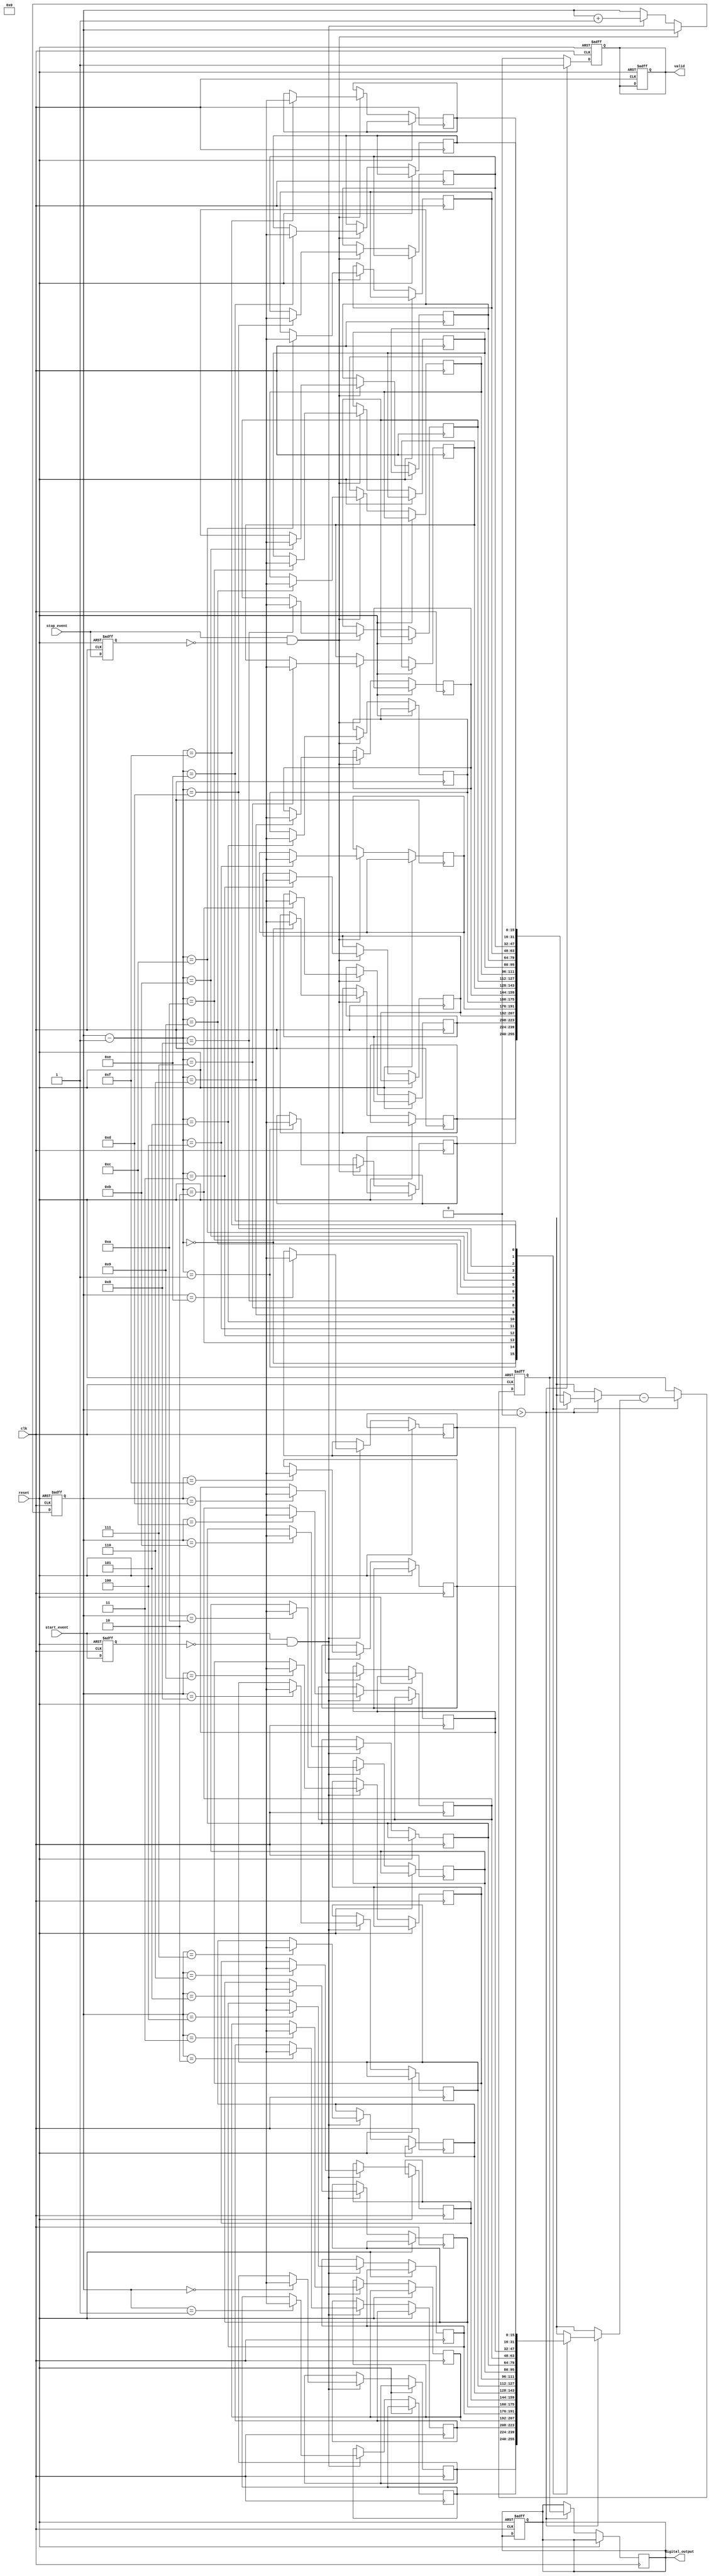
module TDC (
    input wire clk,                // Clock signal
    input wire reset,              // Reset signal
    input wire start_event,        // Start event input
    input wire stop_event,         // Stop event input
    output reg [15:0] digital_output, // Digital output for time interval
    output reg valid               // Output valid signal
);

    // Parameters
    parameter MEMORY_SIZE = 16;    // Size of the memory blocks
    parameter TIMESTAMP_WIDTH = 16; // Width of timestamp

    // Memory blocks for storing timestamps
    reg [TIMESTAMP_WIDTH-1:0] start_time[0:MEMORY_SIZE-1];
    reg [TIMESTAMP_WIDTH-1:0] stop_time[0:MEMORY_SIZE-1];
    
    // Internal variables
    reg [3:0] write_pointer;        // Pointer for writing to memory
    reg [3:0] read_pointer;         // Pointer for reading from memory
    reg [TIMESTAMP_WIDTH-1:0] time_interval; // Calculated time interval

    // Edge detection logic for start and stop events
    reg start_event_prev;
    reg stop_event_prev;

    // Event detection and memory storage
    always @(posedge clk or posedge reset) begin
        if (reset) begin
            write_pointer <= 0;
            read_pointer <= 0;
            valid <= 0;
            digital_output <= 0;
            start_event_prev <= 0;
            stop_event_prev <= 0;
        end else begin
            // Detect rising edge of start_event
            if (start_event && !start_event_prev) begin
                start_time[write_pointer] <= $time; // Capture timestamp
                write_pointer <= write_pointer + 1;
            end
            
            // Detect rising edge of stop_event
            if (stop_event && !stop_event_prev) begin
                stop_time[write_pointer - 1] <= $time; // Capture timestamp
                write_pointer <= write_pointer; // Maintain pointer
            end
            
            // Update previous event states
            start_event_prev <= start_event;
            stop_event_prev <= stop_event;
        end
    end

    // Calculate time intervals and output generation
    always @(posedge clk or posedge reset) begin
        if (reset) begin
            time_interval <= 0;
            valid <= 0;
        end else if (write_pointer > 0) begin
            // Calculate time interval for the last recorded event
            time_interval <= stop_time[write_pointer - 1] - start_time[write_pointer - 1];
            digital_output <= time_interval; // Output the time interval
            valid <= 1; // Set valid signal
        end else begin
            valid <= 0; // Reset valid signal if no data
        end
    end

endmodule